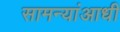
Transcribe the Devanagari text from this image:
सामन्यांआधी